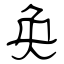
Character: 奂